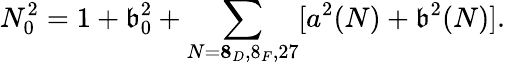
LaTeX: N_{0}^{2}=1+\mathfrak{b}_{0}^{2}+\sum_{N={\mathbf{8}_{D},8_{F},27}}[a^{2}(N)+\mathfrak{b}^{2}(N)].